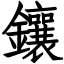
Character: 鑲